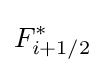
F_{i+1/2}^{*}